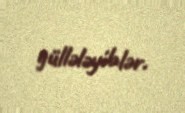
güllələyiblər.